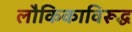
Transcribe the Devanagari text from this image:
लौकिकाविरूद्ध